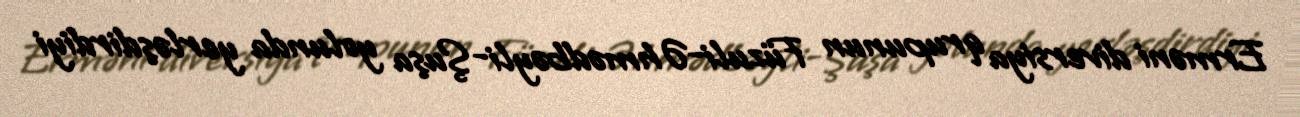
Erməni diversiya qrupunun Füzuli-Əhmədbəyli-Şuşa yolunda yerləşdirdiyi